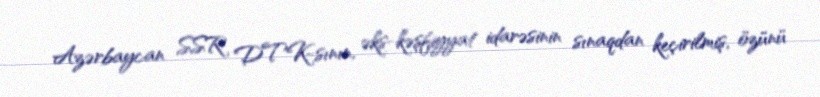
Azərbaycan SSR DTK-sının, əks-kəşfiyyat idarəsinin sınaqdan keçirilmiş, özünü